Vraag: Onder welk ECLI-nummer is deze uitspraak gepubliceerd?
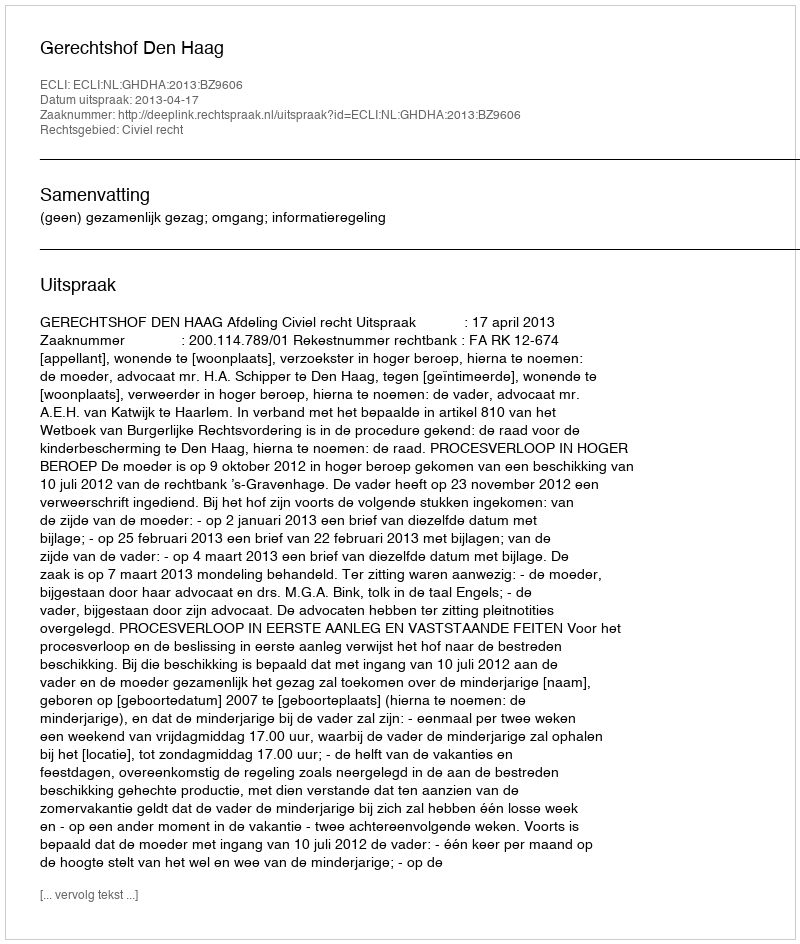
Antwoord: ECLI:NL:GHDHA:2013:BZ9606